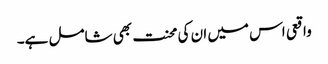
واقعی اس میں ان کی محنت بھی شامل ہے۔